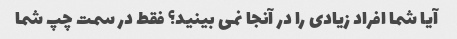
آیا شما افراد زیادی را در آنجا نمی بینید؟ فقط در سمت چپ شما